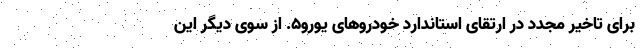
برای تاخیر مجدد در ارتقای استاندارد خودروهای یورو۵. از سوی دیگر این